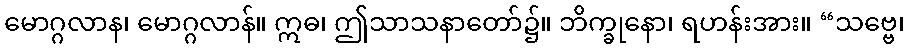
မောဂ္ဂလာန၊ မောဂ္ဂလာန်။ ဣဓ၊ ဤသာသနာတော်၌။ ဘိက္ခုနော၊ ရဟန်းအား။ “သဗ္ဗေ၊